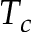
T _ { c }